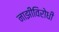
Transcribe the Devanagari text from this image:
नाझीविरोधी